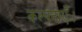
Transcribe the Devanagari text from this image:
कल्पनाएँ।